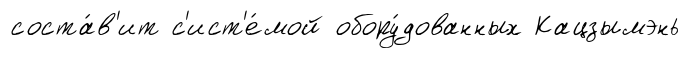
соста́в'ит с'ист'е́мой обору́дованных Кацзымэнь